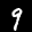
Label: 9